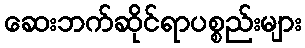
ဆေးဘက်ဆိုင်ရာပစ္စည်းများ